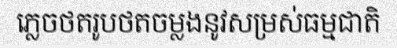
ភ្លេចថតរូបថតចម្លងនូវសម្រស់ធម្មជាតិ